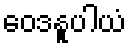
ဝေဒနူပါယံ